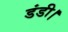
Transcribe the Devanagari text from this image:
डंडी।